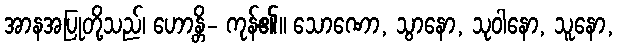
အာနအပြုတို့သည်၊ ဟောန္တိ- ကုန်၏။ သောဏော, သွာနော, သုဝါနော, သူနော,